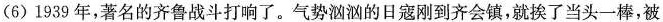
(6)1939年，著名的齐鲁战斗打响了。气势汹汹的日寇刚到齐会镇，就挨了当头一棒，被